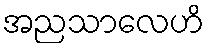
အညသာလေဟိ